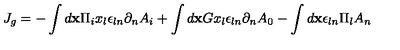
J _ { g } = - \int { d { \bf x } \Pi _ { i } x _ { l } \epsilon _ { l n } \partial _ { n } A _ { i } } + \int { d { \bf x } G x _ { l } \epsilon _ { l n } \partial _ { n } A _ { 0 } } - \int { d { \bf x } \epsilon _ { l n } \Pi _ { l } A _ { n } }